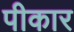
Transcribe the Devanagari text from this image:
पीकार